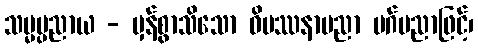
သမ္မပ္ပညာယ - မှန်စွာသိသော ဝိပဿနာပညာ မဂ်ပညာဖြင့်၊